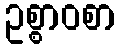
ဥစ္စာဝစာ